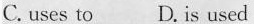
C. uses to D. is used